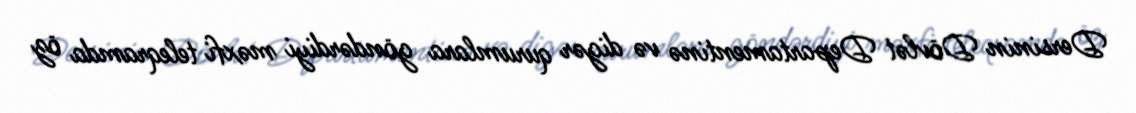
Dersinin Dövlət Departamentinə və digər qurumlara göndərdiyi məxfi teleqramda öz